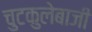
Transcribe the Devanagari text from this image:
चुटकुलेबाजी